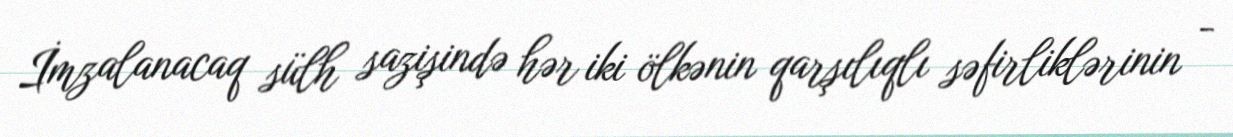
İmzalanacaq sülh sazişində hər iki ölkənin qarşılıqlı səfirliklərinin -